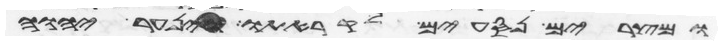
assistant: ומצרים נסעים לקראתו וינער יהוה